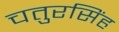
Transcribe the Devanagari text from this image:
चतुरसिंह